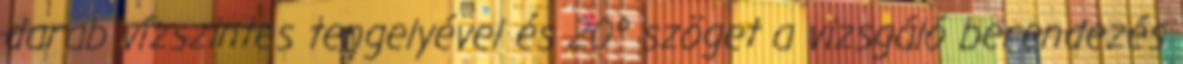
darab vízszintes tengelyével és 20° szöget a vizsgáló berendezés